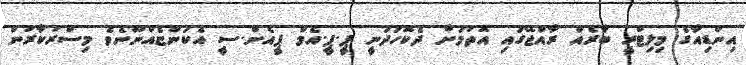
އިންޑިއާގެ މިލިޓްރީ ބާރެއް ރާއްޖޭގައި އޮތުމަށް ދެކޮހަދަނީ ޕީ.ޕީ.އެމް ޕީއެން.ސީ އެކަންޏެއްނޫނެވެ މިސްރުކާރުން